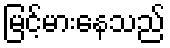
မြင့်မားနေသည်